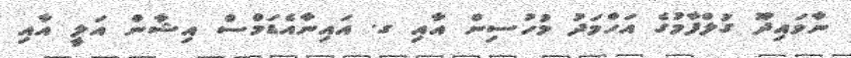
ނާވައިދޫ ގުލްފާމުގެ އަހްމަދު މުހުސިން އާއި ގ. އައިނާއެޑަމްސް އިޝާން އަލީ އާއި